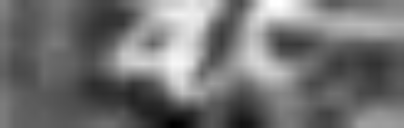
ac